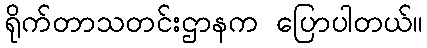
ရိုက်တာသတင်းဌာနက ပြောပါတယ်။